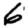
Digit: 6